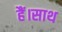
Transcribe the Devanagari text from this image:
हैं।साथ